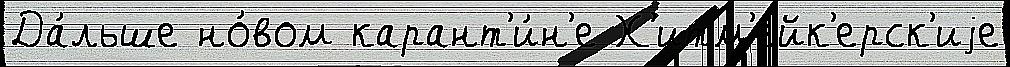
Да́льше но́вом карант'и́н'е Х'итм'ейк'ерск'иjе